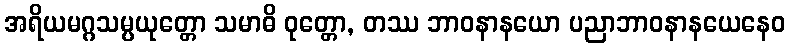
အရိယမဂ္ဂသမ္ပယုတ္တော သမာဓိ ဝုတ္တော, တဿ ဘာဝနာနယော ပညာဘာဝနာနယေနေဝ